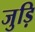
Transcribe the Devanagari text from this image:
जुड़ि